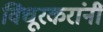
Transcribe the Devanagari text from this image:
विंचूरकरांनीं